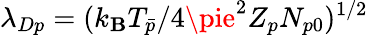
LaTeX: \lambda_{Dp}=(k_{\mathbf{B}}T_{\bar{{p}}}/4\pie^{2}Z_{p}N_{p0})^{1/2}